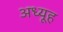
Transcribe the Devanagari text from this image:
अध्यूह